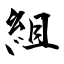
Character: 組